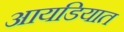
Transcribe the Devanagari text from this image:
आयडियात